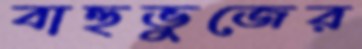
বাহুভুজের